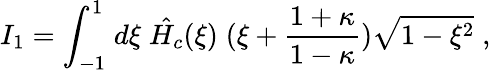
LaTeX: I_{1}={\int}_{-1}^{1}\; d{\xi}\; \hat{H_{c}}(\xi)\; (\xi+\frac{1+\kappa}{1-\kappa})\sqrt{1-\xi^{2}}\; ,